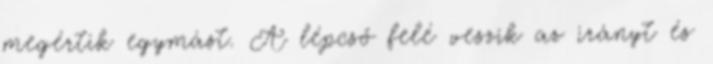
megértik egymást. A lépcső felé veszik az irányt és